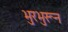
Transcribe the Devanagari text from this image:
भुरभुरून